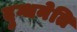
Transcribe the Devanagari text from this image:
दुग्धनेति